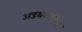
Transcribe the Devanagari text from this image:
अडथळ्याच्या